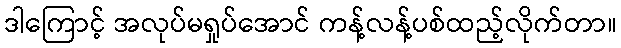
ဒါကြောင့် အလုပ်မရှုပ်အောင် ကန့်လန့်ပစ်ထည့်လိုက်တာ။